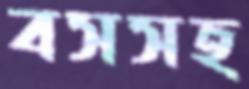
বসসহ